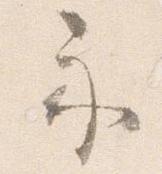
示